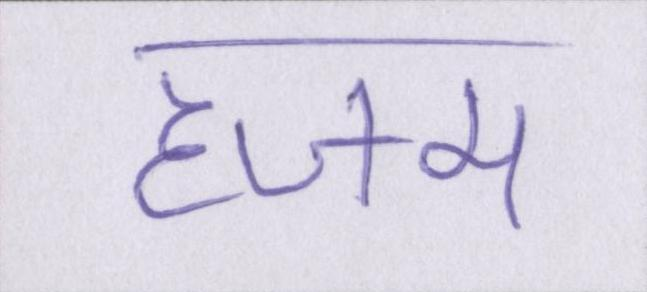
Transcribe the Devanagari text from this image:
हजम